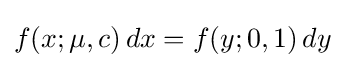
f(x;\mu ,c)\,dx=f(y;0,1)\,dy